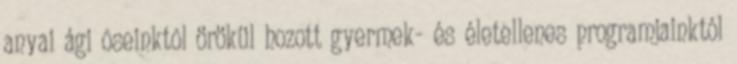
anyai ági õseinktõl örökül hozott gyermek- és életellenes programjainktól